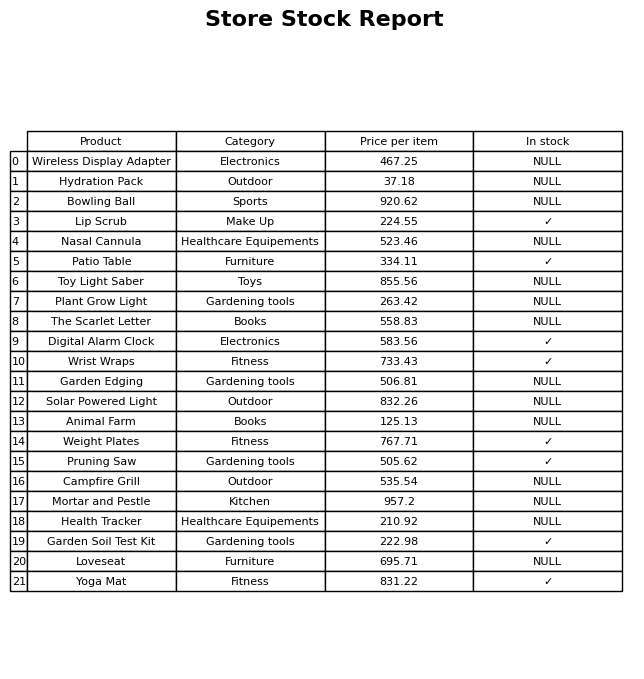
question: What is the price for Pruning Saw?
answer: The price of Pruning Saw is 505.62.